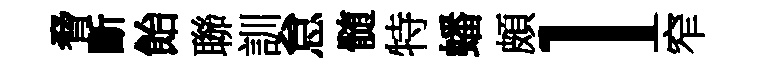
脅斷飴聯訓怠髄特蟠頗l窄